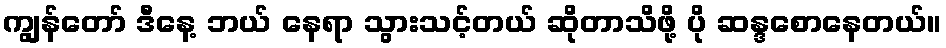
ကျွန်တော် ဒီနေ့ ဘယ် နေရာ သွားသင့်တယ် ဆိုတာသိဖို့ ပို ဆန္ဒစောနေတယ်။